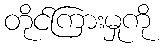
တိုင်ကြားမှုကို